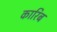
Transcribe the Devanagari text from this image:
कारिब